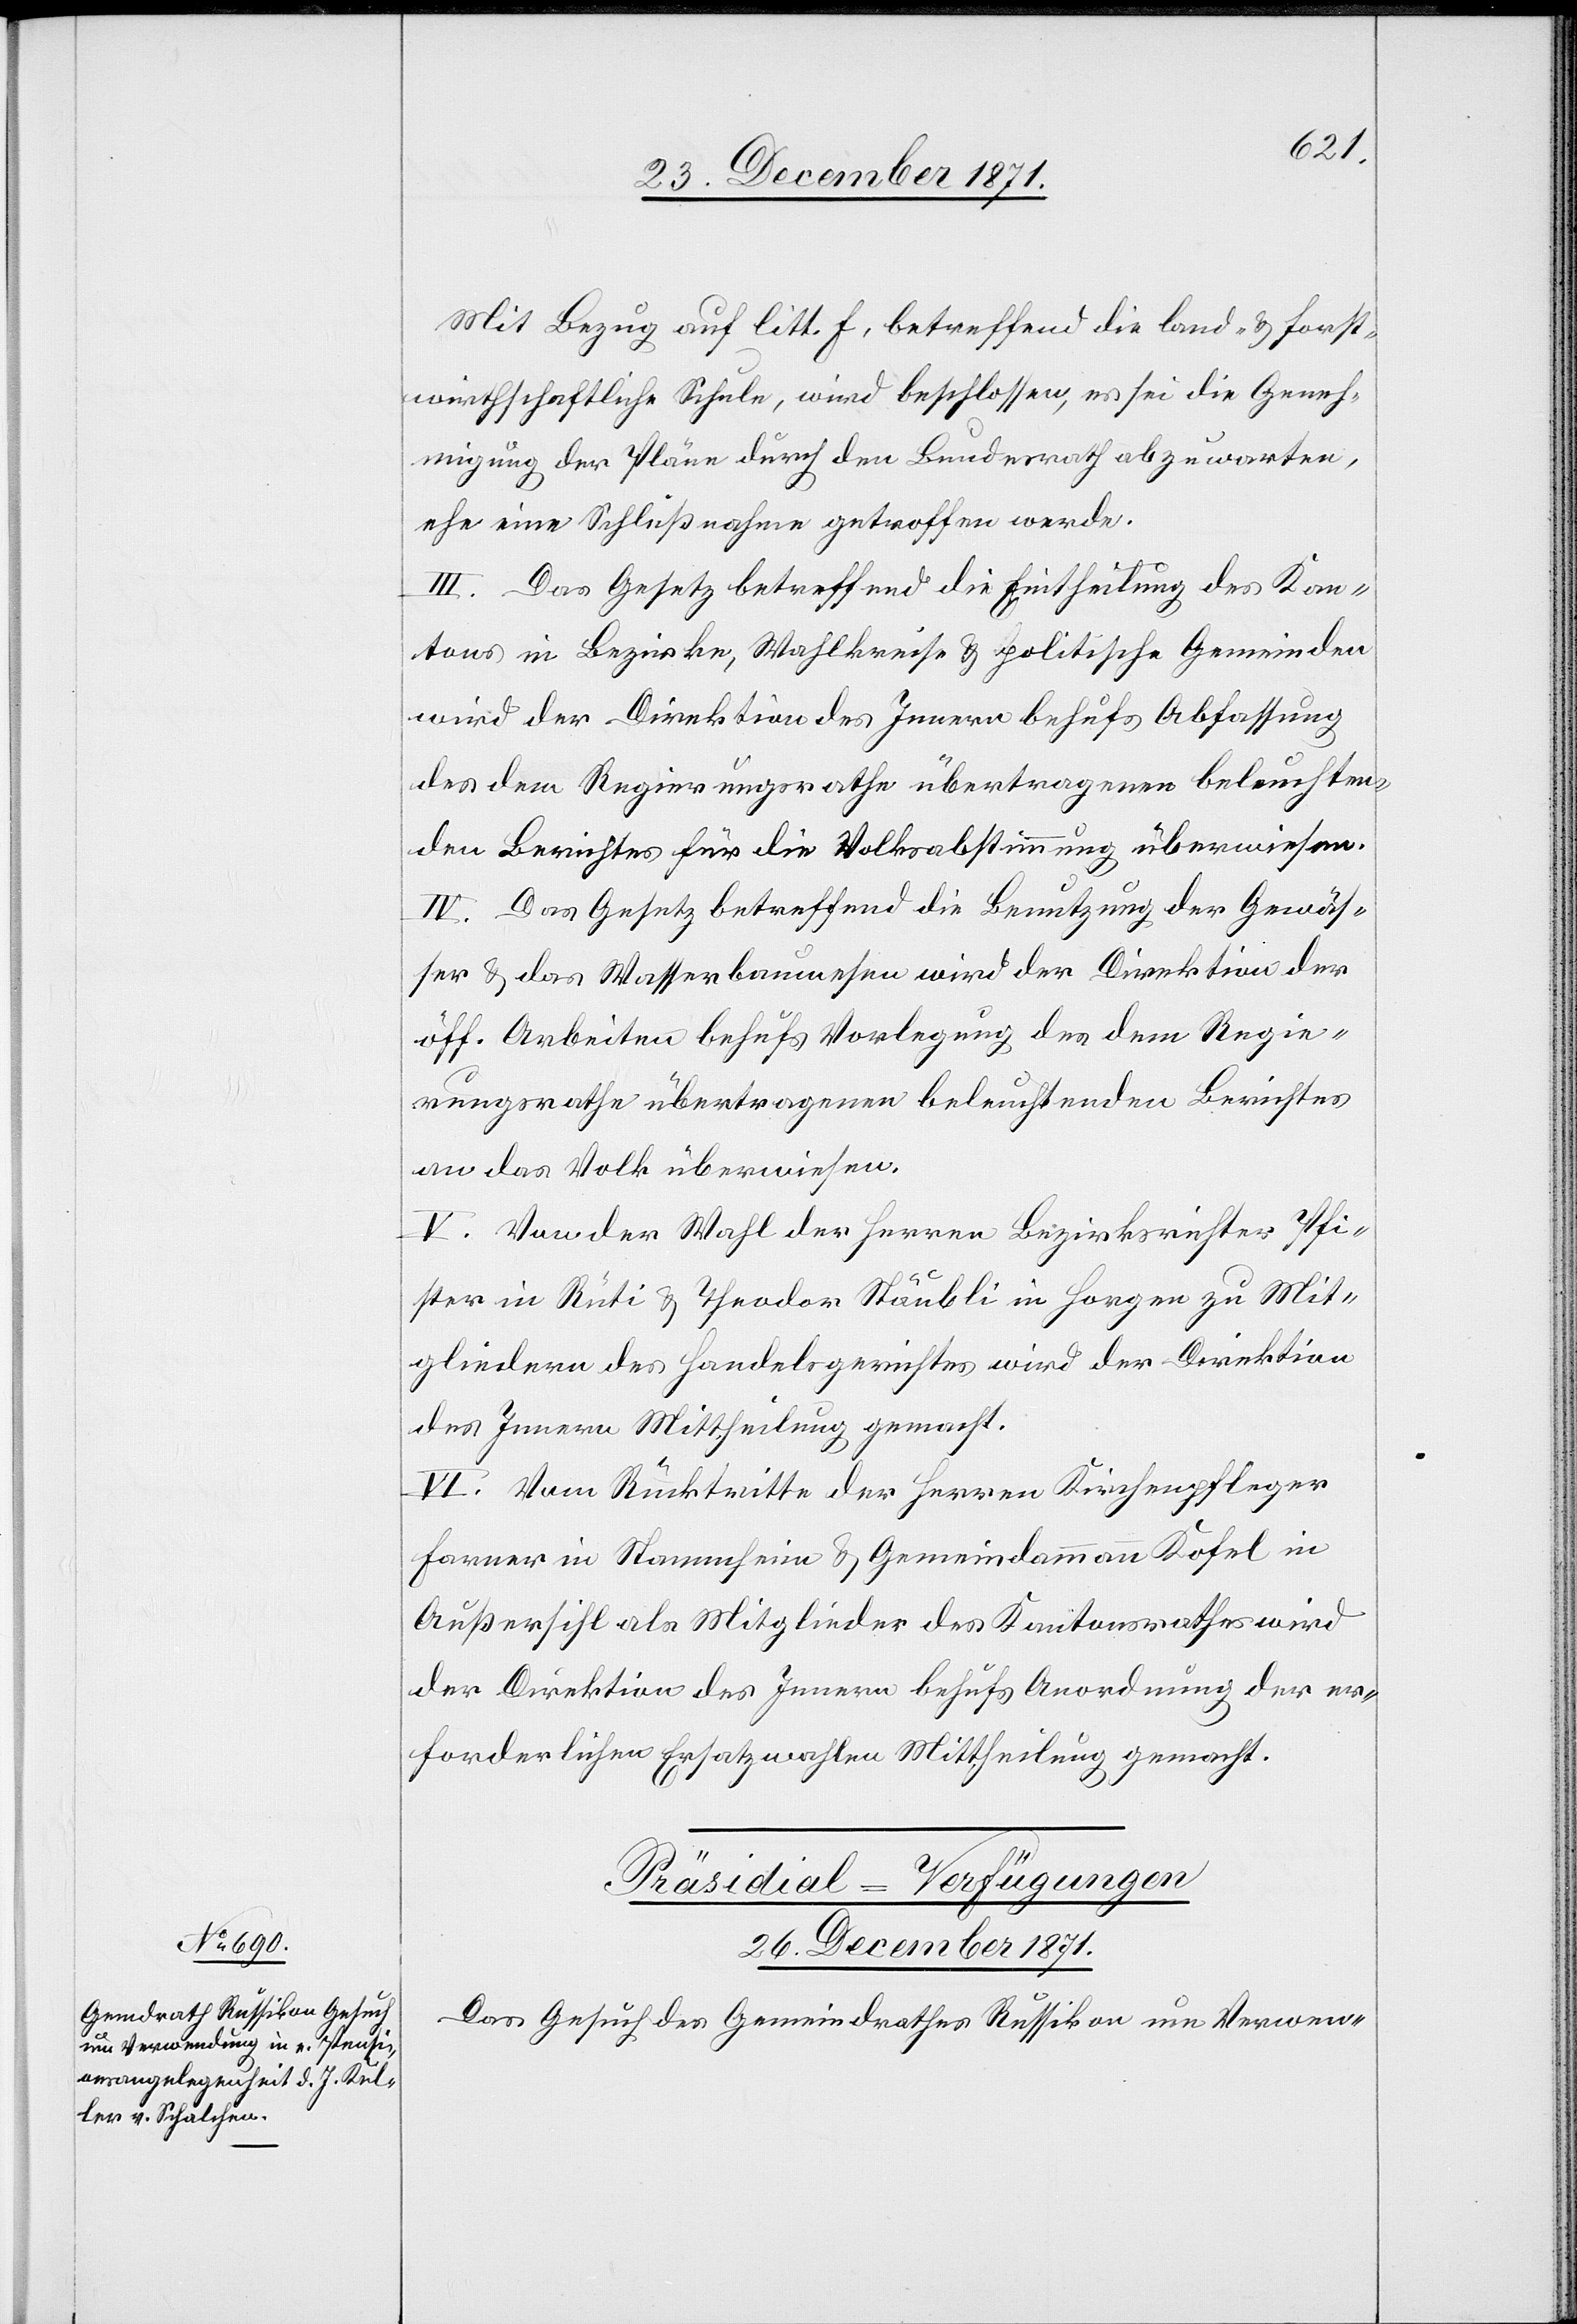
Mit Bezug auf litt. f, betreffend die land- & forst¬
wirthschaftliche Schule, wird beschlossen, es sei die Geneh¬
migung der Pläne durch den Bundesrath abzuwarten,
ehe eine Schlußnahme getroffen werde.
III. Das Gesetz betreffend die Eintheilung des Kan¬
tons in Bezirke, Wahlkreise & politische Gemeinden
wird der Direktion des Innern behufs Abfassung
des dem Regierungsrathe übertragenen beleuchten¬
den Berichtes für die Volksabstimmung überwiesen.
IV. Das Gesetz betreffend die Benutzung der Gewäs¬
ser & das Wasserbauwesen wird der Direktion der
öff. Arbeiten behufs Vorlegung des dem Regie¬
rungsrathe übertragenen beleuchtenden Berichtes
an das Volk überwiesen.
V. Von der Wahl der Herren Bezirksrichter Pfi¬
ster in Rüti & Theodor Stäubli in Horgen zu Mit¬
gliedern des Handelsgerichtes wird der Direktion
des Innern Mittheilung gemacht.
VI. Vom Rücktritte der Herren Kirchenpfleger
Farner in Stammheim & Gemeindammann Kofel in
Außersihl als Mitglieder des Kantonsrathes wird
der Direktion des Innern behufs Anordnung der er¬
forderlichen Ersatzwahlen Mittheilung gemacht.
Präsidial-Verfügungen
26. December 1871.
Das Gesuch des Gemeindrathes Russikon um Verwen-